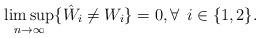
LaTeX: \begin{align*} \limsup_{n \rightarrow \infty} \{\hat{W}_{i} \neq W_{i}\}=0, \forall\:\: i \in \{1,2\}. \end{align*}